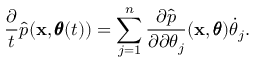
\frac { \partial } { t } \hat { p } ( \mathbf x , \pmb \theta ( t ) ) = \sum _ { j = 1 } ^ { n } \frac { \partial \hat { p } } { \partial \partial \theta _ { j } } ( \mathbf x , \pmb \theta ) \dot { \theta } _ { j } .